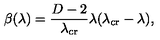
\beta ( \lambda ) = \frac { D - 2 } { \lambda _ { \mathrm { c r } } } \lambda ( \lambda _ { \mathrm { c r } } - \lambda ) ,